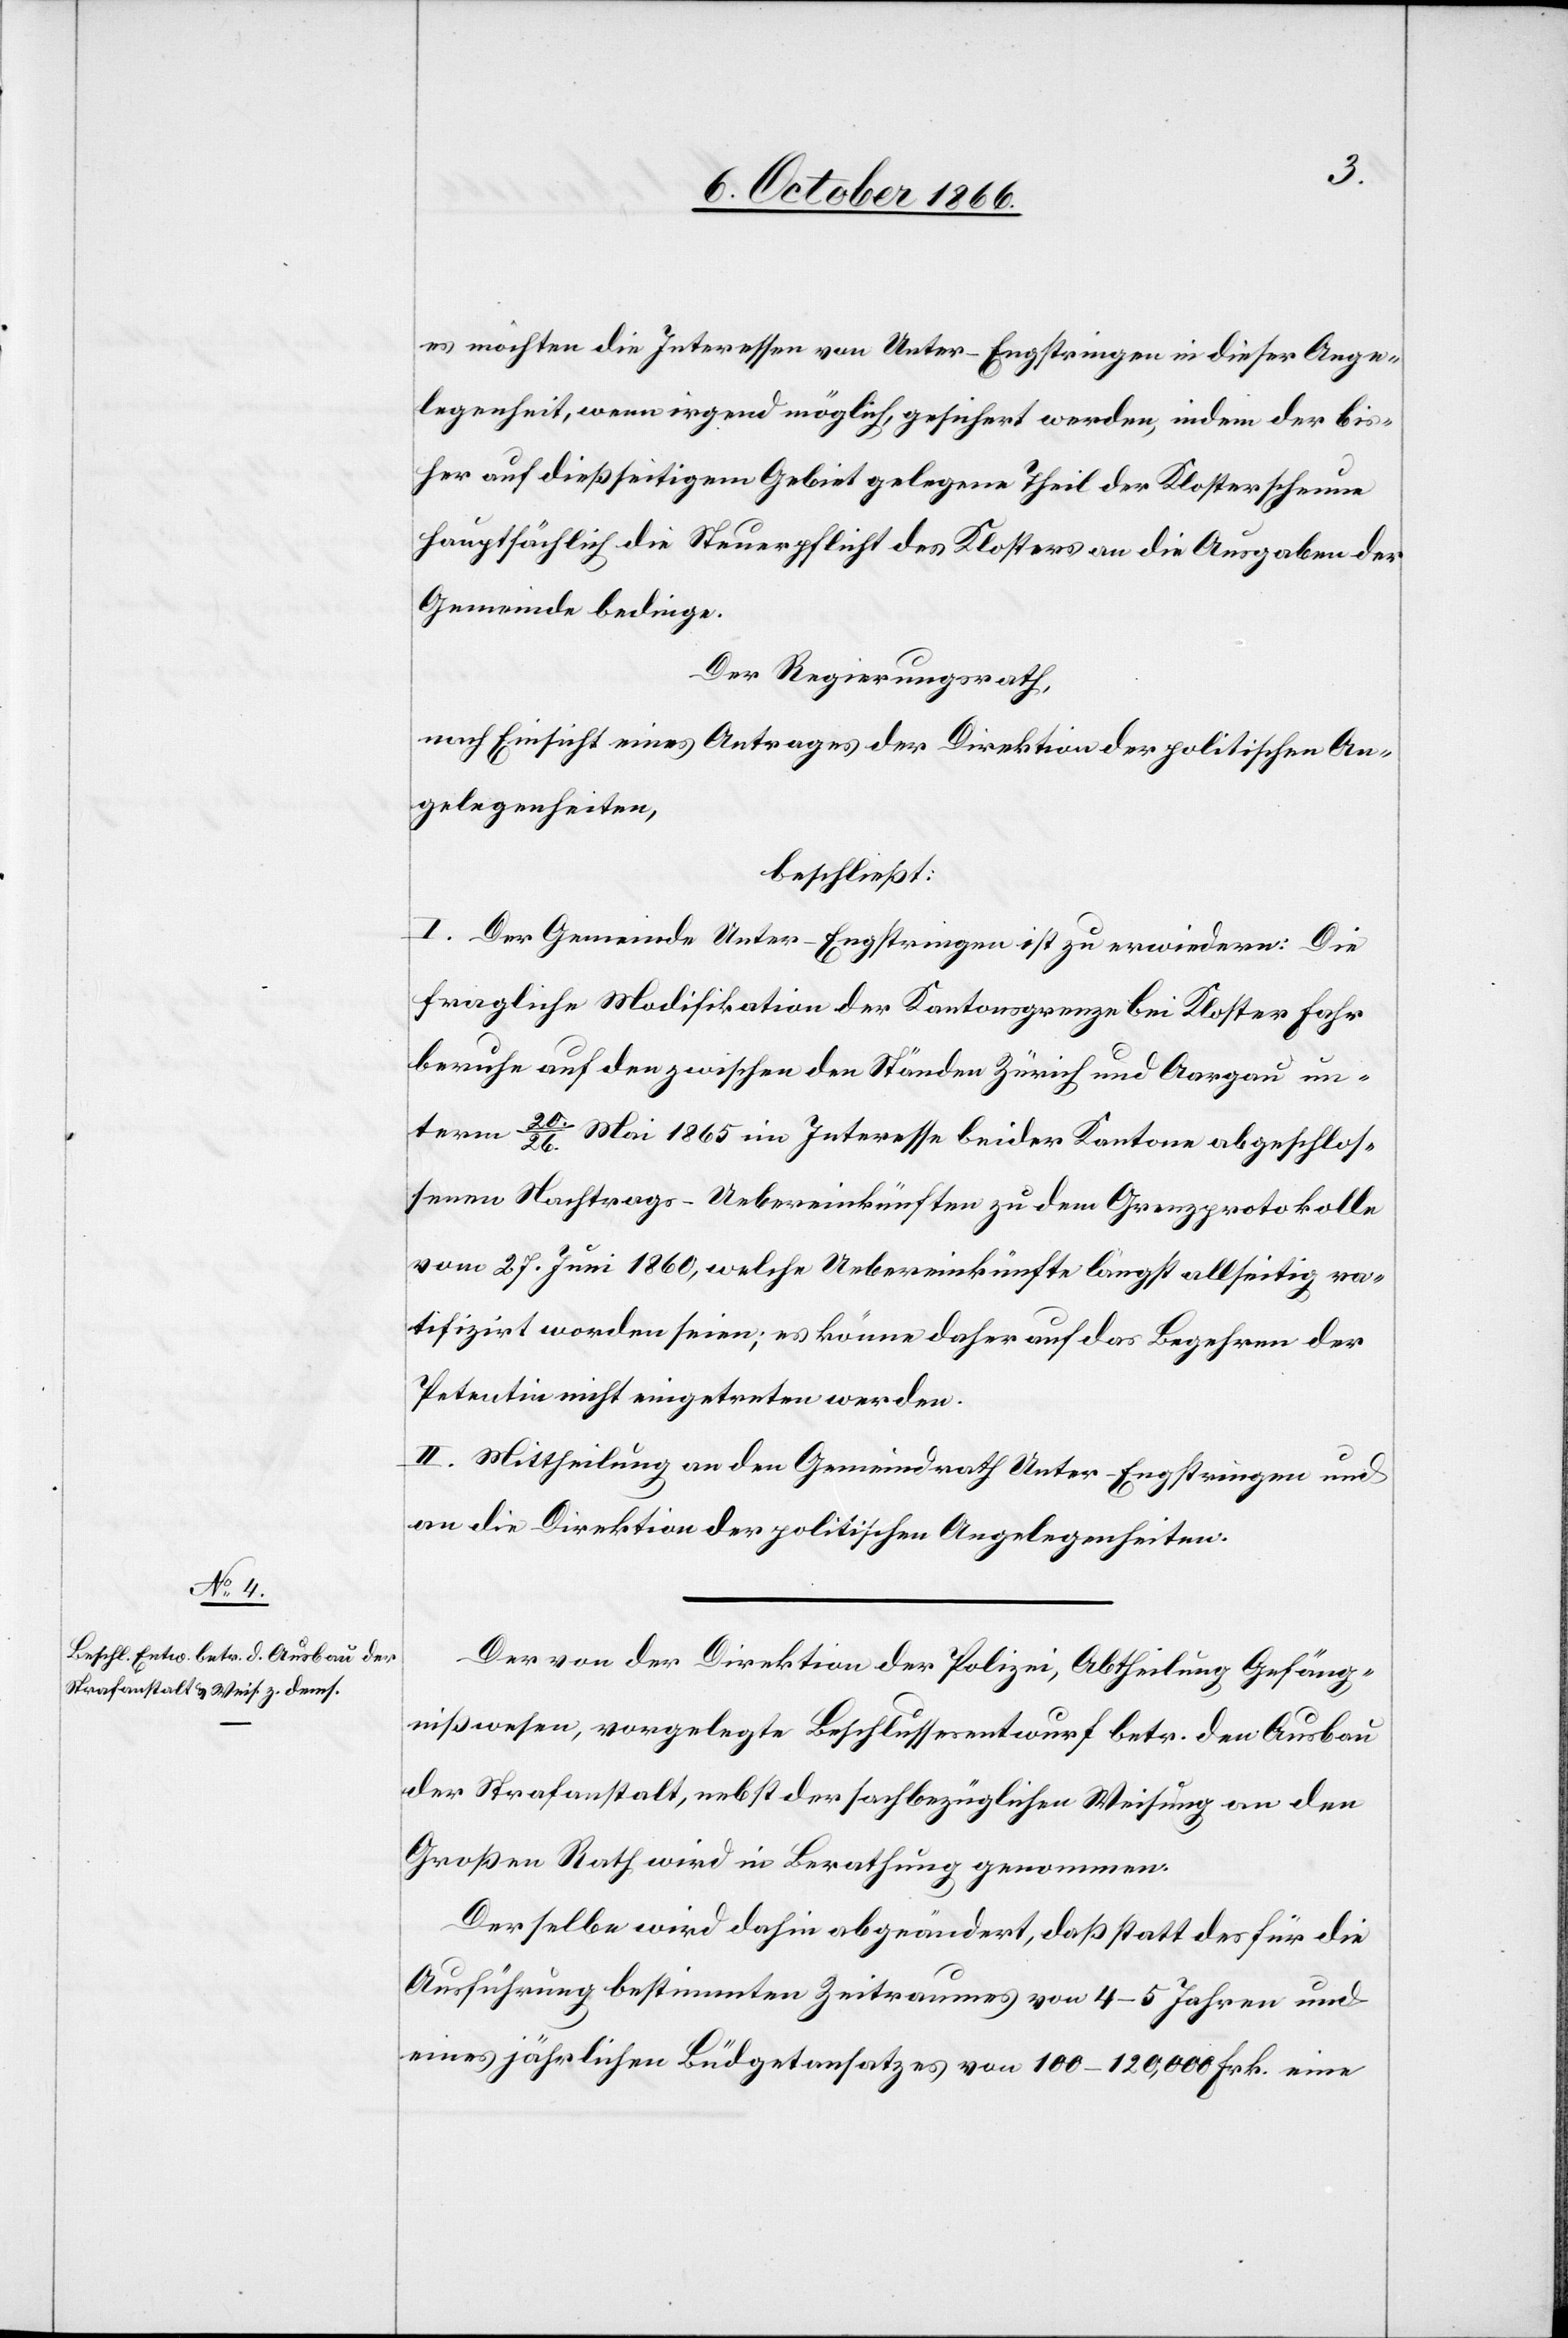
es möchten die Interessen von Unter-Engstringen in dieser Ange¬
legenheit, wenn irgend möglich, gesichert werden, indem der bis¬
her auf dießseitigem Gebiet gelegene Theil der Klosterscheune
hauptsächlich die Steuerpflicht des Klosters an die Ausgaben der
Gemeinde bedinge.
Der Regierungsrath,
nach Einsicht eines Antrages der Direktion der politischen An¬
gelegenheiten,
beschließt:
I. Der Gemeinde Unter-Engstringen ist zu erwiedern: Die
fragliche Modifikation der Kantonsgrenze bei Kloster Fahr
beruhe auf den zwischen den Ständen Zürich und Aargau un¬
term 20./26. Mai 1865 im Interesse beider Kantone abgeschlos¬
senen Nachtrags-Uebereinkünften zu dem Grenzprotokolle
vom 27. Juni 1860, welche Uebereinkünfte längst allseitig ra¬
tifizirt worden seien; es könne daher auf das Begehren der
Petentin nicht eingetreten werden.
II. Mittheilung an den Gemeindrath Unter-Engstringen und
an die Direktion der politischen Angelegenheiten.
Der von der Direktion der Polizei, Abtheilung Gefäng¬
nißwesen, vorgelegte Beschlussesentwurf betr. den Ausbau
der Strafanstalt, nebst der sachbezüglichen Weisung an den
Großen Rath, wird in Berathung genommen.
Derselbe wird dahin abgeändert, daß statt des für die
Ausführung bestimmten Zeitraumes von 4–5 Jahren und
eines jährlichen Büdgetansatzes von 100–120 000 Frk. eine